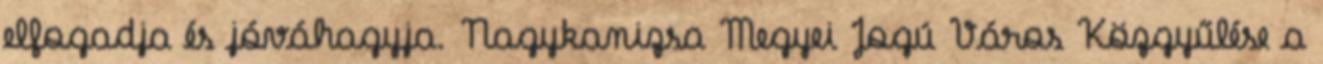
elfogadja és jóváhagyja. Nagykanizsa Megyei Jogú Város Közgyűlése a